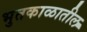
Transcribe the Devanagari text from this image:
भुतकाळातील